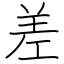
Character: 差